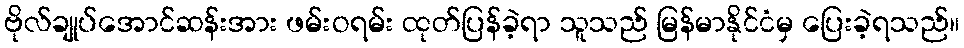
ဗိုလ်ချုပ်အောင်ဆန်းအား ဖမ်းဝရမ်း ထုတ်ပြန်ခဲ့ရာ သူသည် မြန်မာနိုင်ငံမှ ပြေးခဲ့ရသည်။